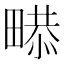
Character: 𤲻